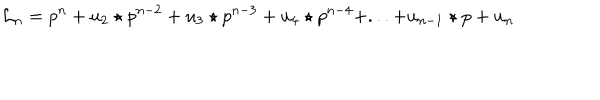
LaTeX: { \mathcal L } _ { n } = p ^ { n } + u _ { 2 } \star p ^ { n - 2 } + u _ { 3 } \star p ^ { n - 3 } + u _ { 4 } \star p ^ { n - 4 } + . . . + u _ { n - 1 } \star p + u _ { n } \,